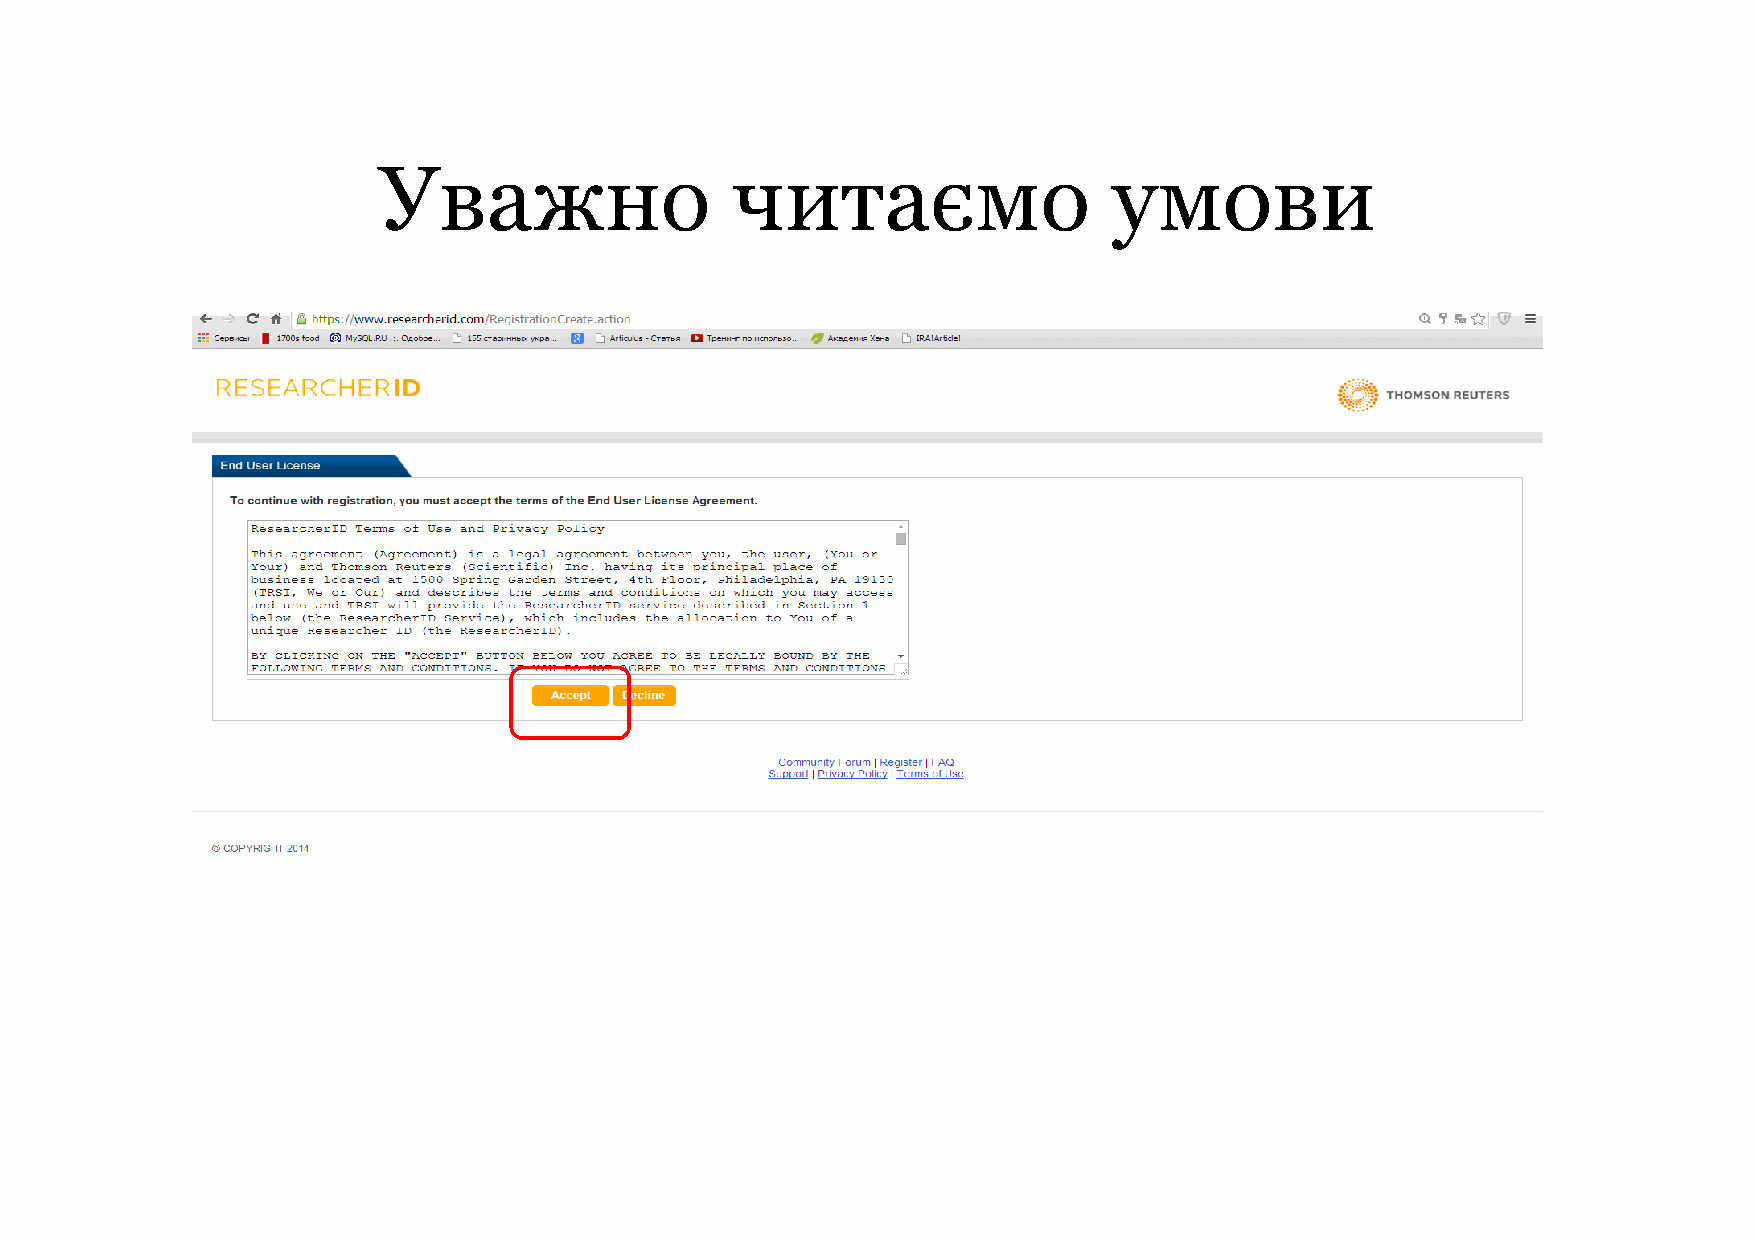
Уважно                 читаємо                   умови